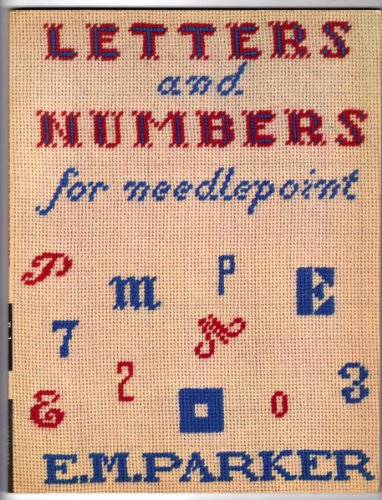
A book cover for Letters and Numbers for Needlepoint; Elinor Milnor Parker; Crafts, Hobbies & Home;